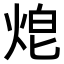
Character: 𤈥